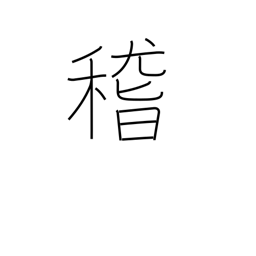
Meaning: consider